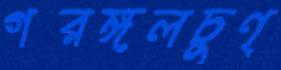
গরঙ্গলচুণ্